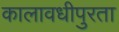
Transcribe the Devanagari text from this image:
कालावधीपुरता